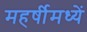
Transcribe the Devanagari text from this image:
महर्षीमध्यें